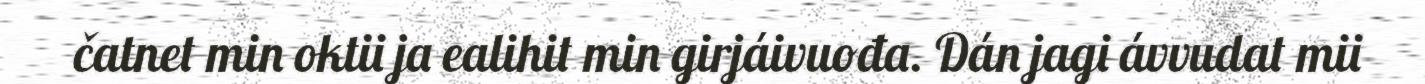
čatnet min oktii ja ealihit min girjáivuođa. Dán jagi ávvudat mii